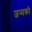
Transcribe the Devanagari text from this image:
जन्मको